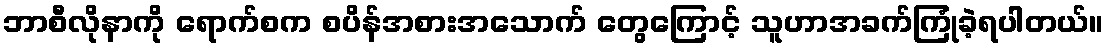
ဘာစီလိုနာကို ရောက်စက စပိန်အစားအသောက် တွေကြောင့် သူဟာအခက်ကြုံခဲ့ရပါတယ်။